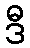
ဒီ